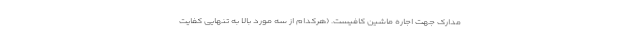
مدارک جهت اجاره ماشین کافیست. (هرکدام از سه مورد بالا به تنهایی کفایت